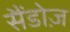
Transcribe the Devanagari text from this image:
सैंडोज़